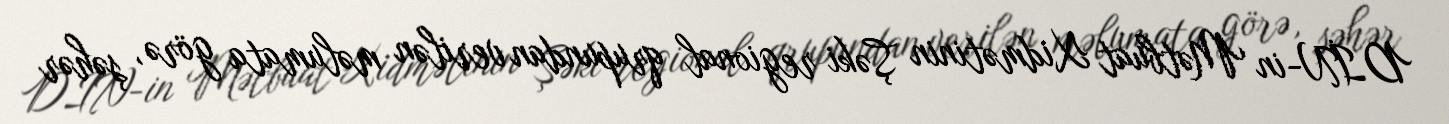
DİN-in Mətbuat Xidmətinin Şəki regional qrupundan verilən məlumata görə, şəhər